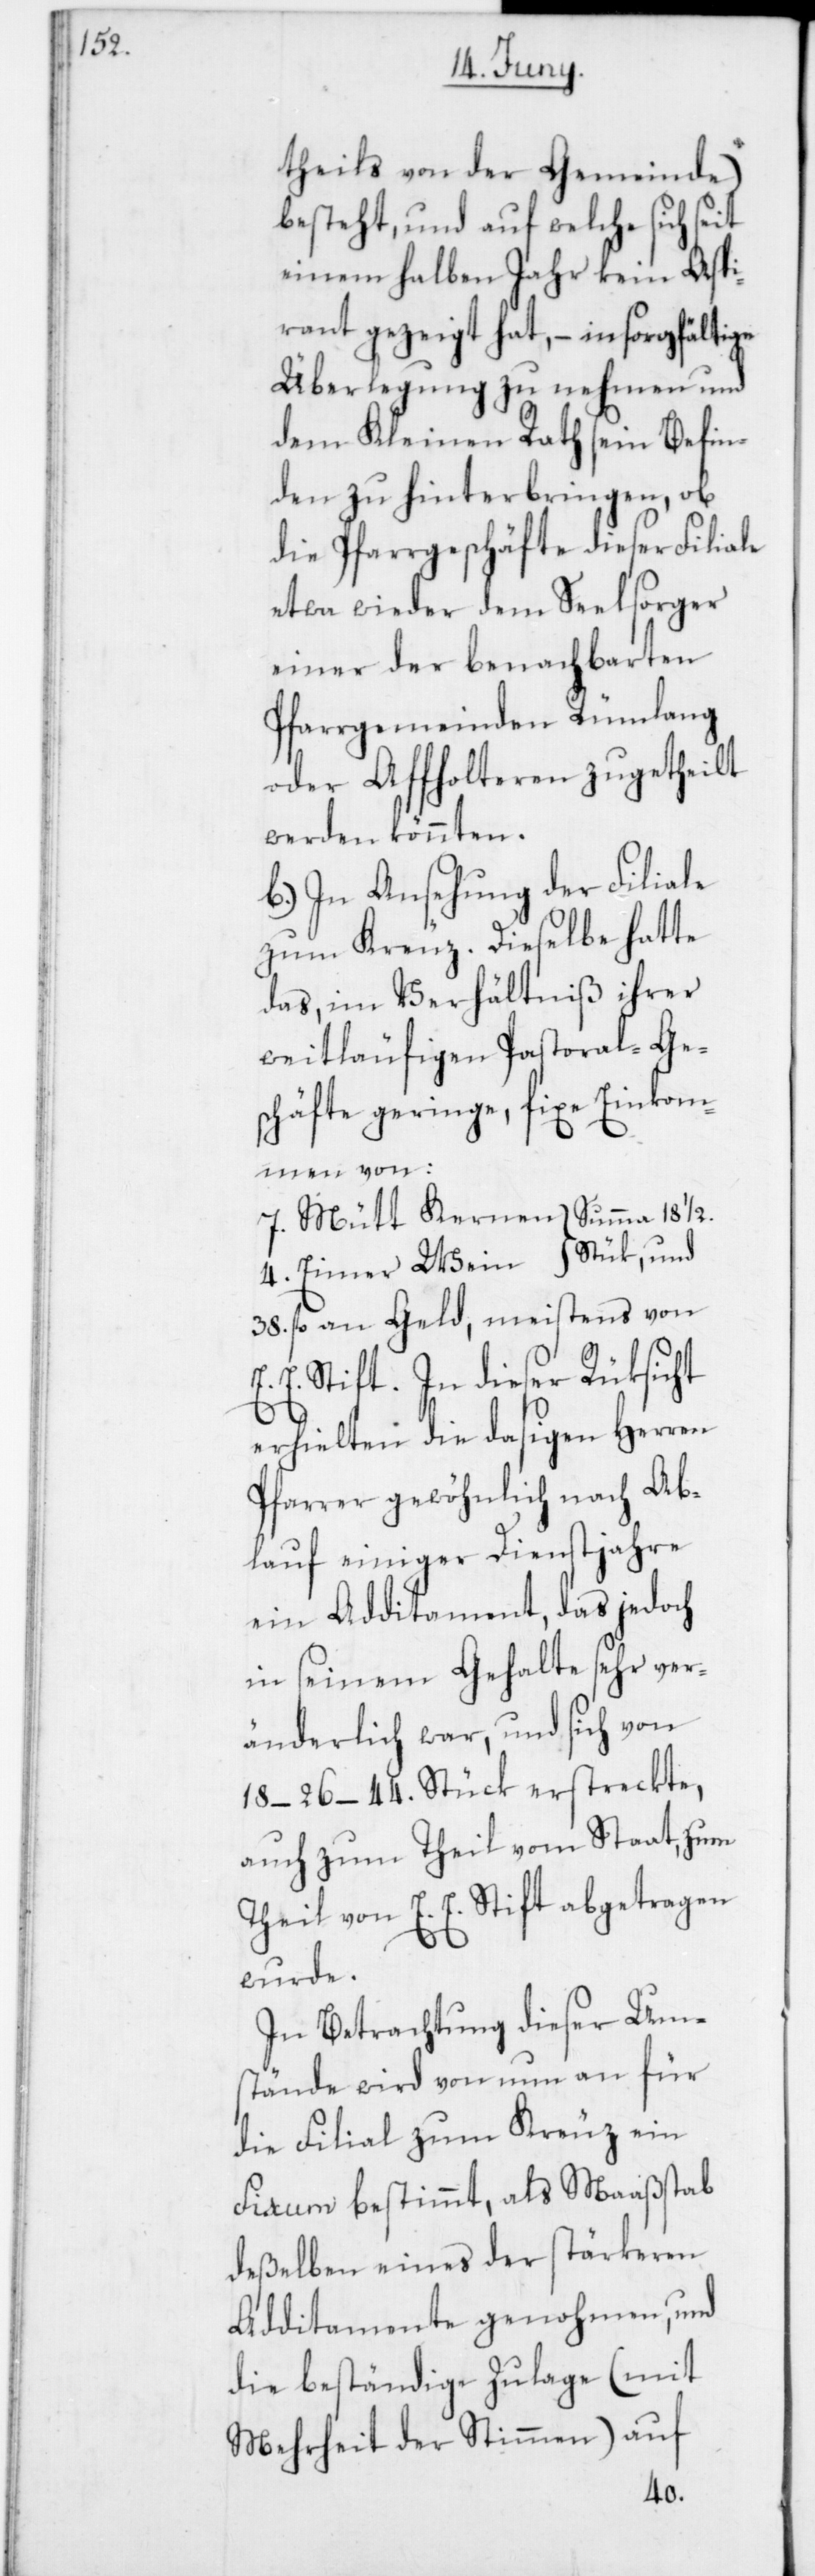
1/2.

theils von der Gemeinde)
besteht, und auf welche sich seit
einem halben Jahr kein Aspi¬
rant gezeigt hat, – in sorgfältige
Überlegung zu nehmen und
dem Kleinen Rath sein Befin¬
den zu hinterbringen, ob
die Pfarrgeschäfte dieser Filiale
etwa wieder dem Seelsorger
einer der benachbarten
Pfarrgemeinden Rümlang
oder Affholteren zugetheilt
werden könnten.
b) In Ansehung der Filiale
zum Kreuz. Dieselbe hatte
das, im Verhältniß ihrer
weitläufigen Pastoral-Ges¬
chäfte geringe fixe Einkom¬
men von:
38. fl. an Geld, meistens von
E. Stift. In dieser Rüksicht
erhielten die dasigen Herren
Pfarrer gewöhnlich nach Ab¬
lauf einiger Dienstjahre
ein Additament, das jedoch
in seinem Gehalte sehr ver¬
änderlich war, und sich von
18 – 26 – 44. Stück erstreckte,
auch zum Theil vom Staat, zum
Theil von E. E. Stift abgetragen
wurde.
In Betrachtung dieser Um¬
stände wird von nun an für
die Filial zum Kreuz ein
Fixum bestimmt, als Maaßstab
deßelben eines der stärkeren
Additamente genohmen, und
die beständige Zulage (mit
Mehrheit der Stimmen) auf
4.